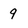
Character: 9